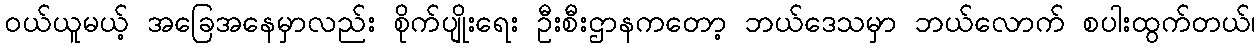
ဝယ်ယူမယ့် အခြေအနေမှာလည်း စိုက်ပျိုးရေး ဦးစီးဌာနကတော့ ဘယ်ဒေသမှာ ဘယ်လောက် စပါးထွက်တယ်၊